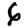
Digit: 6